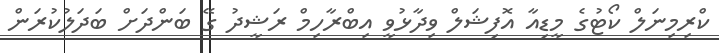
ކްރިމިނަލް ކޯޓުގެ މީޑިއާ އޮފިޝަލް ވިދާޅުވީ އިބްރާހިމް ރަޝީދު ގޭ ބަންދަށް ބަދަލުކުރަން